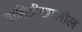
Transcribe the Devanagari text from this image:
वाहितीखालील